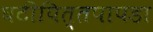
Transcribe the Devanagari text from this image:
घटीपित्तपापडा